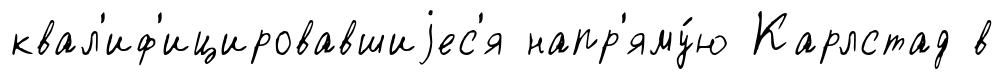
квал'иф'ицировавшиjес'я напр'яму́ю Карлстад в